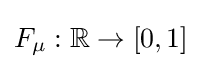
F_{\mu }:\mathbb {R} \to [0,1]